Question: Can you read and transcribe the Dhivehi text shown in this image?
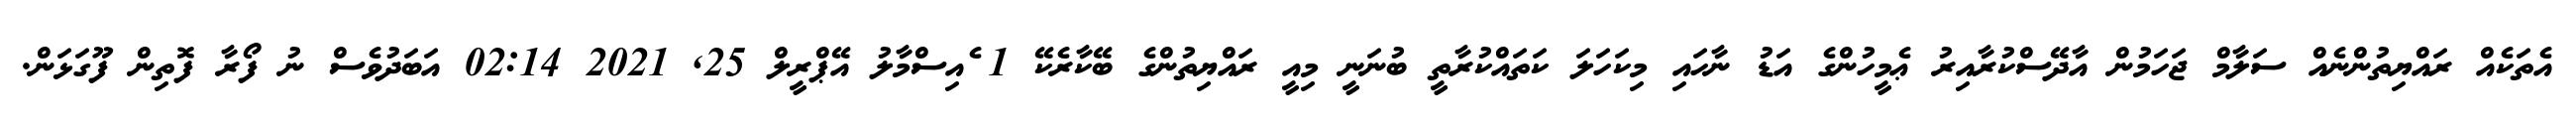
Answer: އެތަކެއް ރައްޔިތުންނެއް ސަލާމް ޖަހަމުން އާދޭސްކުރާއިރު ޢެމީހުންގެ އަޑު ނާހައި މިކަހަލަ ކަތައްކުރާތީ ބުނަނީ މިއީ ރައްޔިތުންގެ ބޭކާރެކޭ 1 ެއިސްމާލު އޭޕްރީލް 25, 2021 02:14 އަބަދުވެސް ނު ފޯރާ ފޮތިން ފޫގަޅަން.